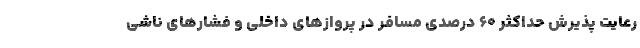
رعایت پذیرش حداکثر ۶۰ درصدی مسافر در پروازهای داخلی و فشارهای ناشی